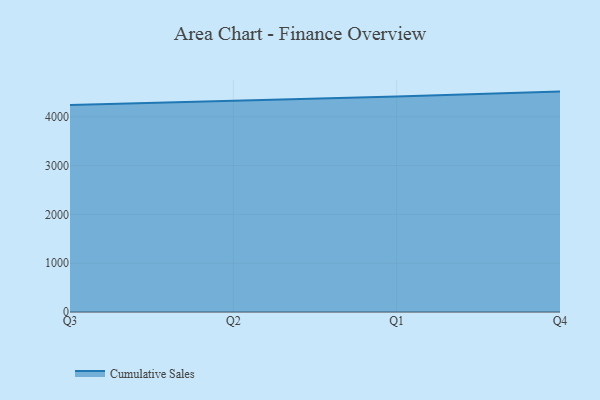
{"axis": {"x": "Quarter", "y": "Headcount"}, "legend": ["Cumulative Sales"], "data": [{"x": "Q3", "y": 4243.8, "type": "Cumulative Sales"}, {"x": "Q2", "y": 4324.0, "type": "Cumulative Sales"}, {"x": "Q1", "y": 4418.0, "type": "Cumulative Sales"}, {"x": "Q4", "y": 4516.2, "type": "Cumulative Sales"}]}